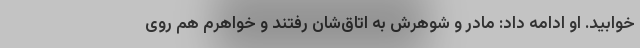
خوابید. او ادامه داد: مادر و شوهرش به اتاق‌شان رفتند و خواهرم هم روی